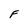
Character: F